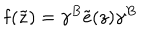
\mathrm { f } ( \tilde { z } ) = \gamma ^ { B } \tilde { \mathrm { e } } ( z ) \gamma ^ { B }